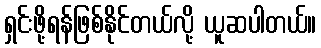
ရှင်းဖို့ရန်ဖြစ်နိုင်တယ်လို့ ယူဆပါတယ်။